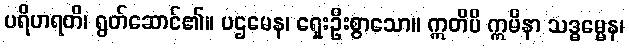
ပရိဟရတိ၊ ရွတ်ဆောင်၏။ ပဌမေန၊ ရှေးဦးစွာသော။ ဣတိပိ ဣမိနာ သဒ္ဓမ္မေန၊